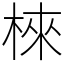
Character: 棶